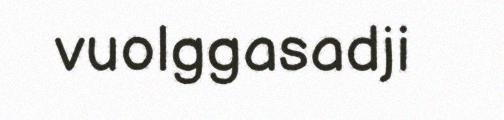
vuolggasadji